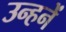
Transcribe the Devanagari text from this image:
उन्हनें